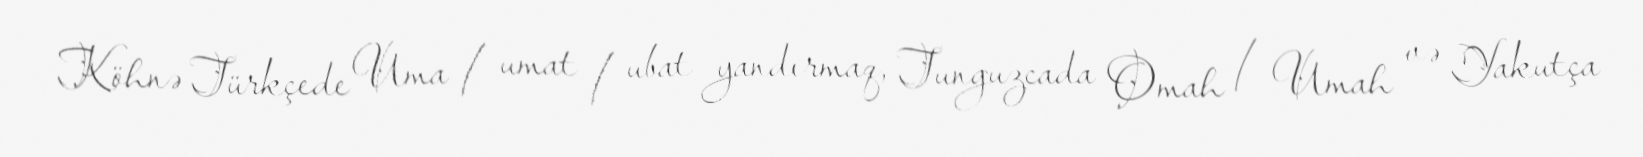
Köhnə Türkçede Uma / umat / ubat yandırmaq, Tunguzcada Omah / Umah və Yakutça